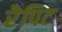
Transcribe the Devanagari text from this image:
रेपिट